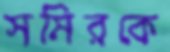
সমিরকে